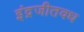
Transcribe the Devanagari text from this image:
इंद्रजीतवध